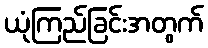
ယုံကြည်ခြင်းအတွက်